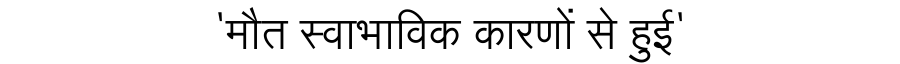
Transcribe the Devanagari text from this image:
'मौत स्वाभाविक कारणों से हुई'